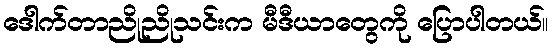
ဒေါက်တာညိုညိုသင်းက မီဒီယာတွေကို ပြောပါတယ်။